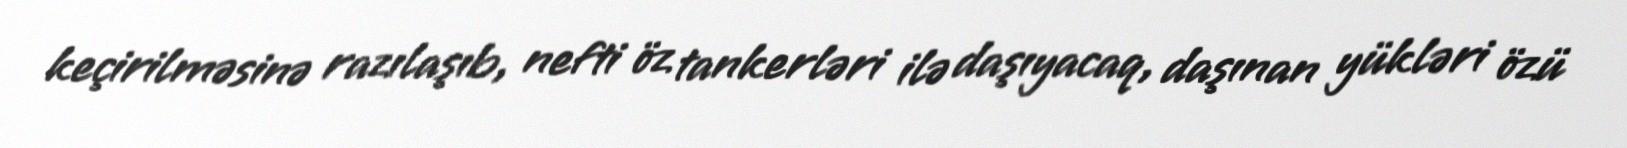
keçirilməsinə razılaşıb, nefti öz tankerləri ilə daşıyacaq, daşınan yükləri özü